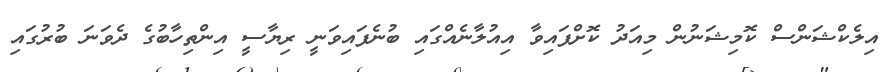
އިލެކްޝަންސް ކޮމިޝަނުން މިއަދު ކޮށްފައިވާ އިއުލާނެއްގައި ބުނެފައިވަނީ ރިޔާސީ އިންތިހާބުގެ ދެވަނަ ބުރުގައި